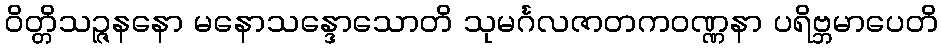
ဝိတ္တိသဉ္ဇနနော မနောသန္ဒောသောတိ သုမင်္ဂလဇာတကဝဏ္ဏနာ ပရိဗ္ဘမာပေတိ